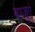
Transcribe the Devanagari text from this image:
बाजुएं